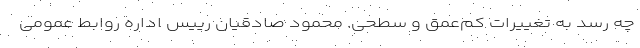
چه رسد به تغییرات کم‌عمق و سطحی. محمود صادقیان رییس اداره روابط عمومی